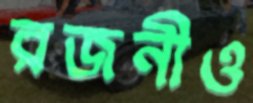
রজনীও